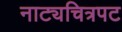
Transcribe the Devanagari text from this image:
नाट्यचित्रपट